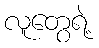
လူတွေရဲ့